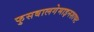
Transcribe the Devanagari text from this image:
फुसबालगेमाइनशाफ्ट